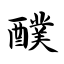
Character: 醭